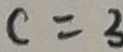
c = 3